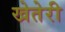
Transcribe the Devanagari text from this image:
खेतेरी